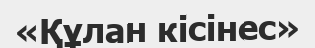
«Құлан кісінес»